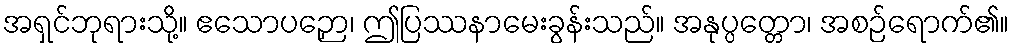
အရှင်ဘုရားသို့။ ဧသောပဉှော၊ ဤပြဿနာမေးခွန်းသည်။ အနုပ္ပတ္တော၊ အစဉ်ရောက်၏။